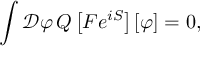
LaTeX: \int { \mathcal { D } } \varphi \, Q \left[ F e ^ { i S } \right] [ \varphi ] = 0 ,